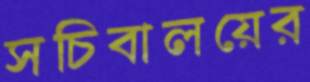
সচিবালয়ের